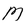
Character: M